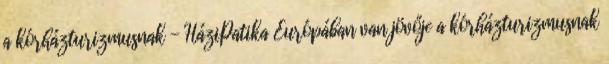
a kórházturizmusnak - HáziPatika Európában van jövője a kórházturizmusnak